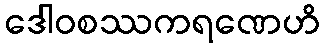
ဒေါဝစဿကရဏေဟိ